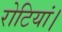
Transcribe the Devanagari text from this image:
रोटियां।